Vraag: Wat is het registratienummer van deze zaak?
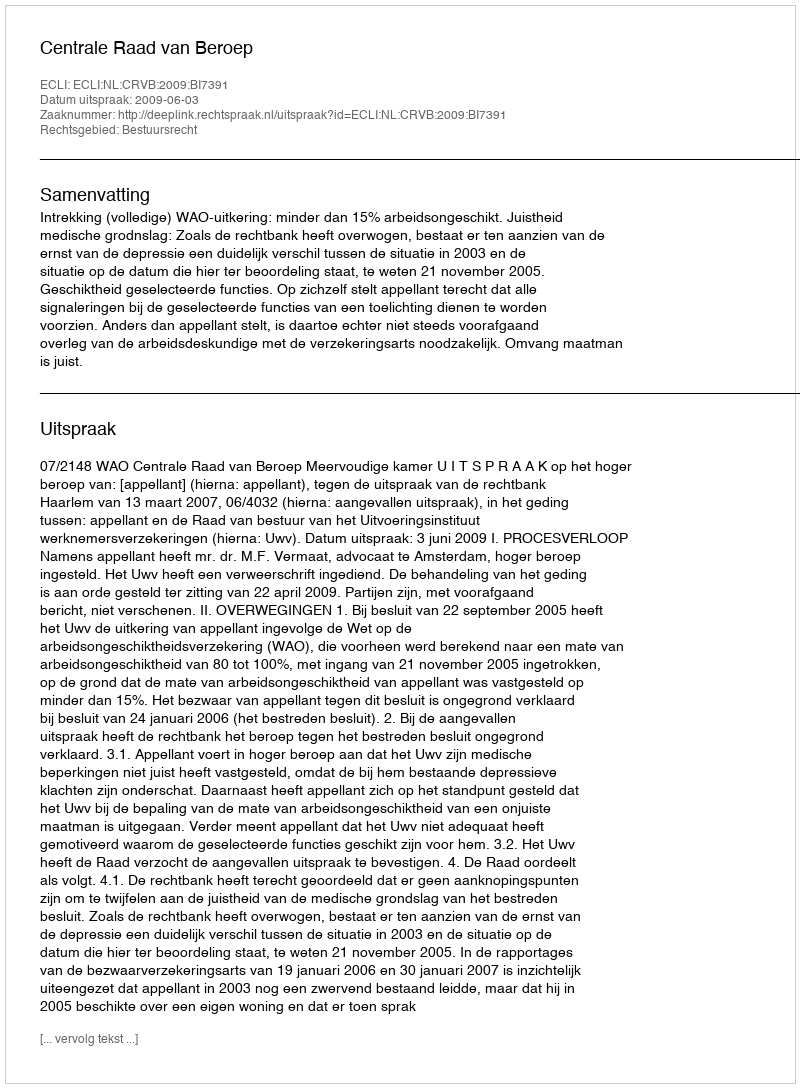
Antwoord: http://deeplink.rechtspraak.nl/uitspraak?id=ECLI:NL:CRVB:2009:BI7391